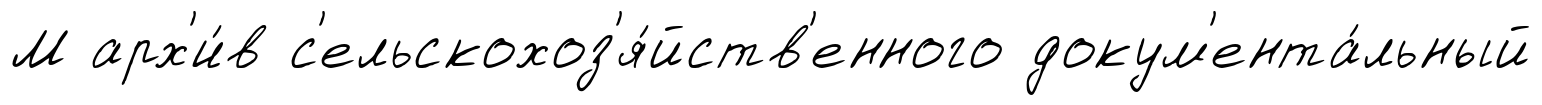
М арх'и́в с'ельскохоз'я́йств'енного докум'ента́льный